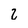
Character: 2